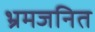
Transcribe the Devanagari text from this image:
भ्रमजनित